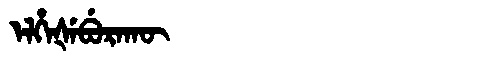
Manchu: ᡝᠯᡥᡝᡧᡝᠪᡠᡵᠠᡴᡡ
Romanization: ELHEŠEBURAKŪ